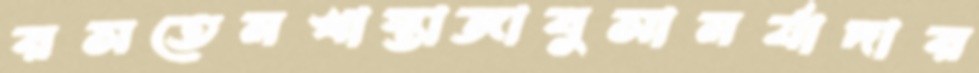
রসতেমখাস্তাজাবুসামর্যাদার